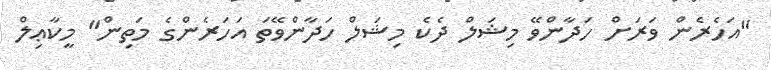
"އަހެރެން ވަރަށް ހަދާންވޭ މިޝަލް ދެކެ މިޝަލް ހަދާންވޭތަ އަހަރެންގެ މަތިން" މީކާޢިލް